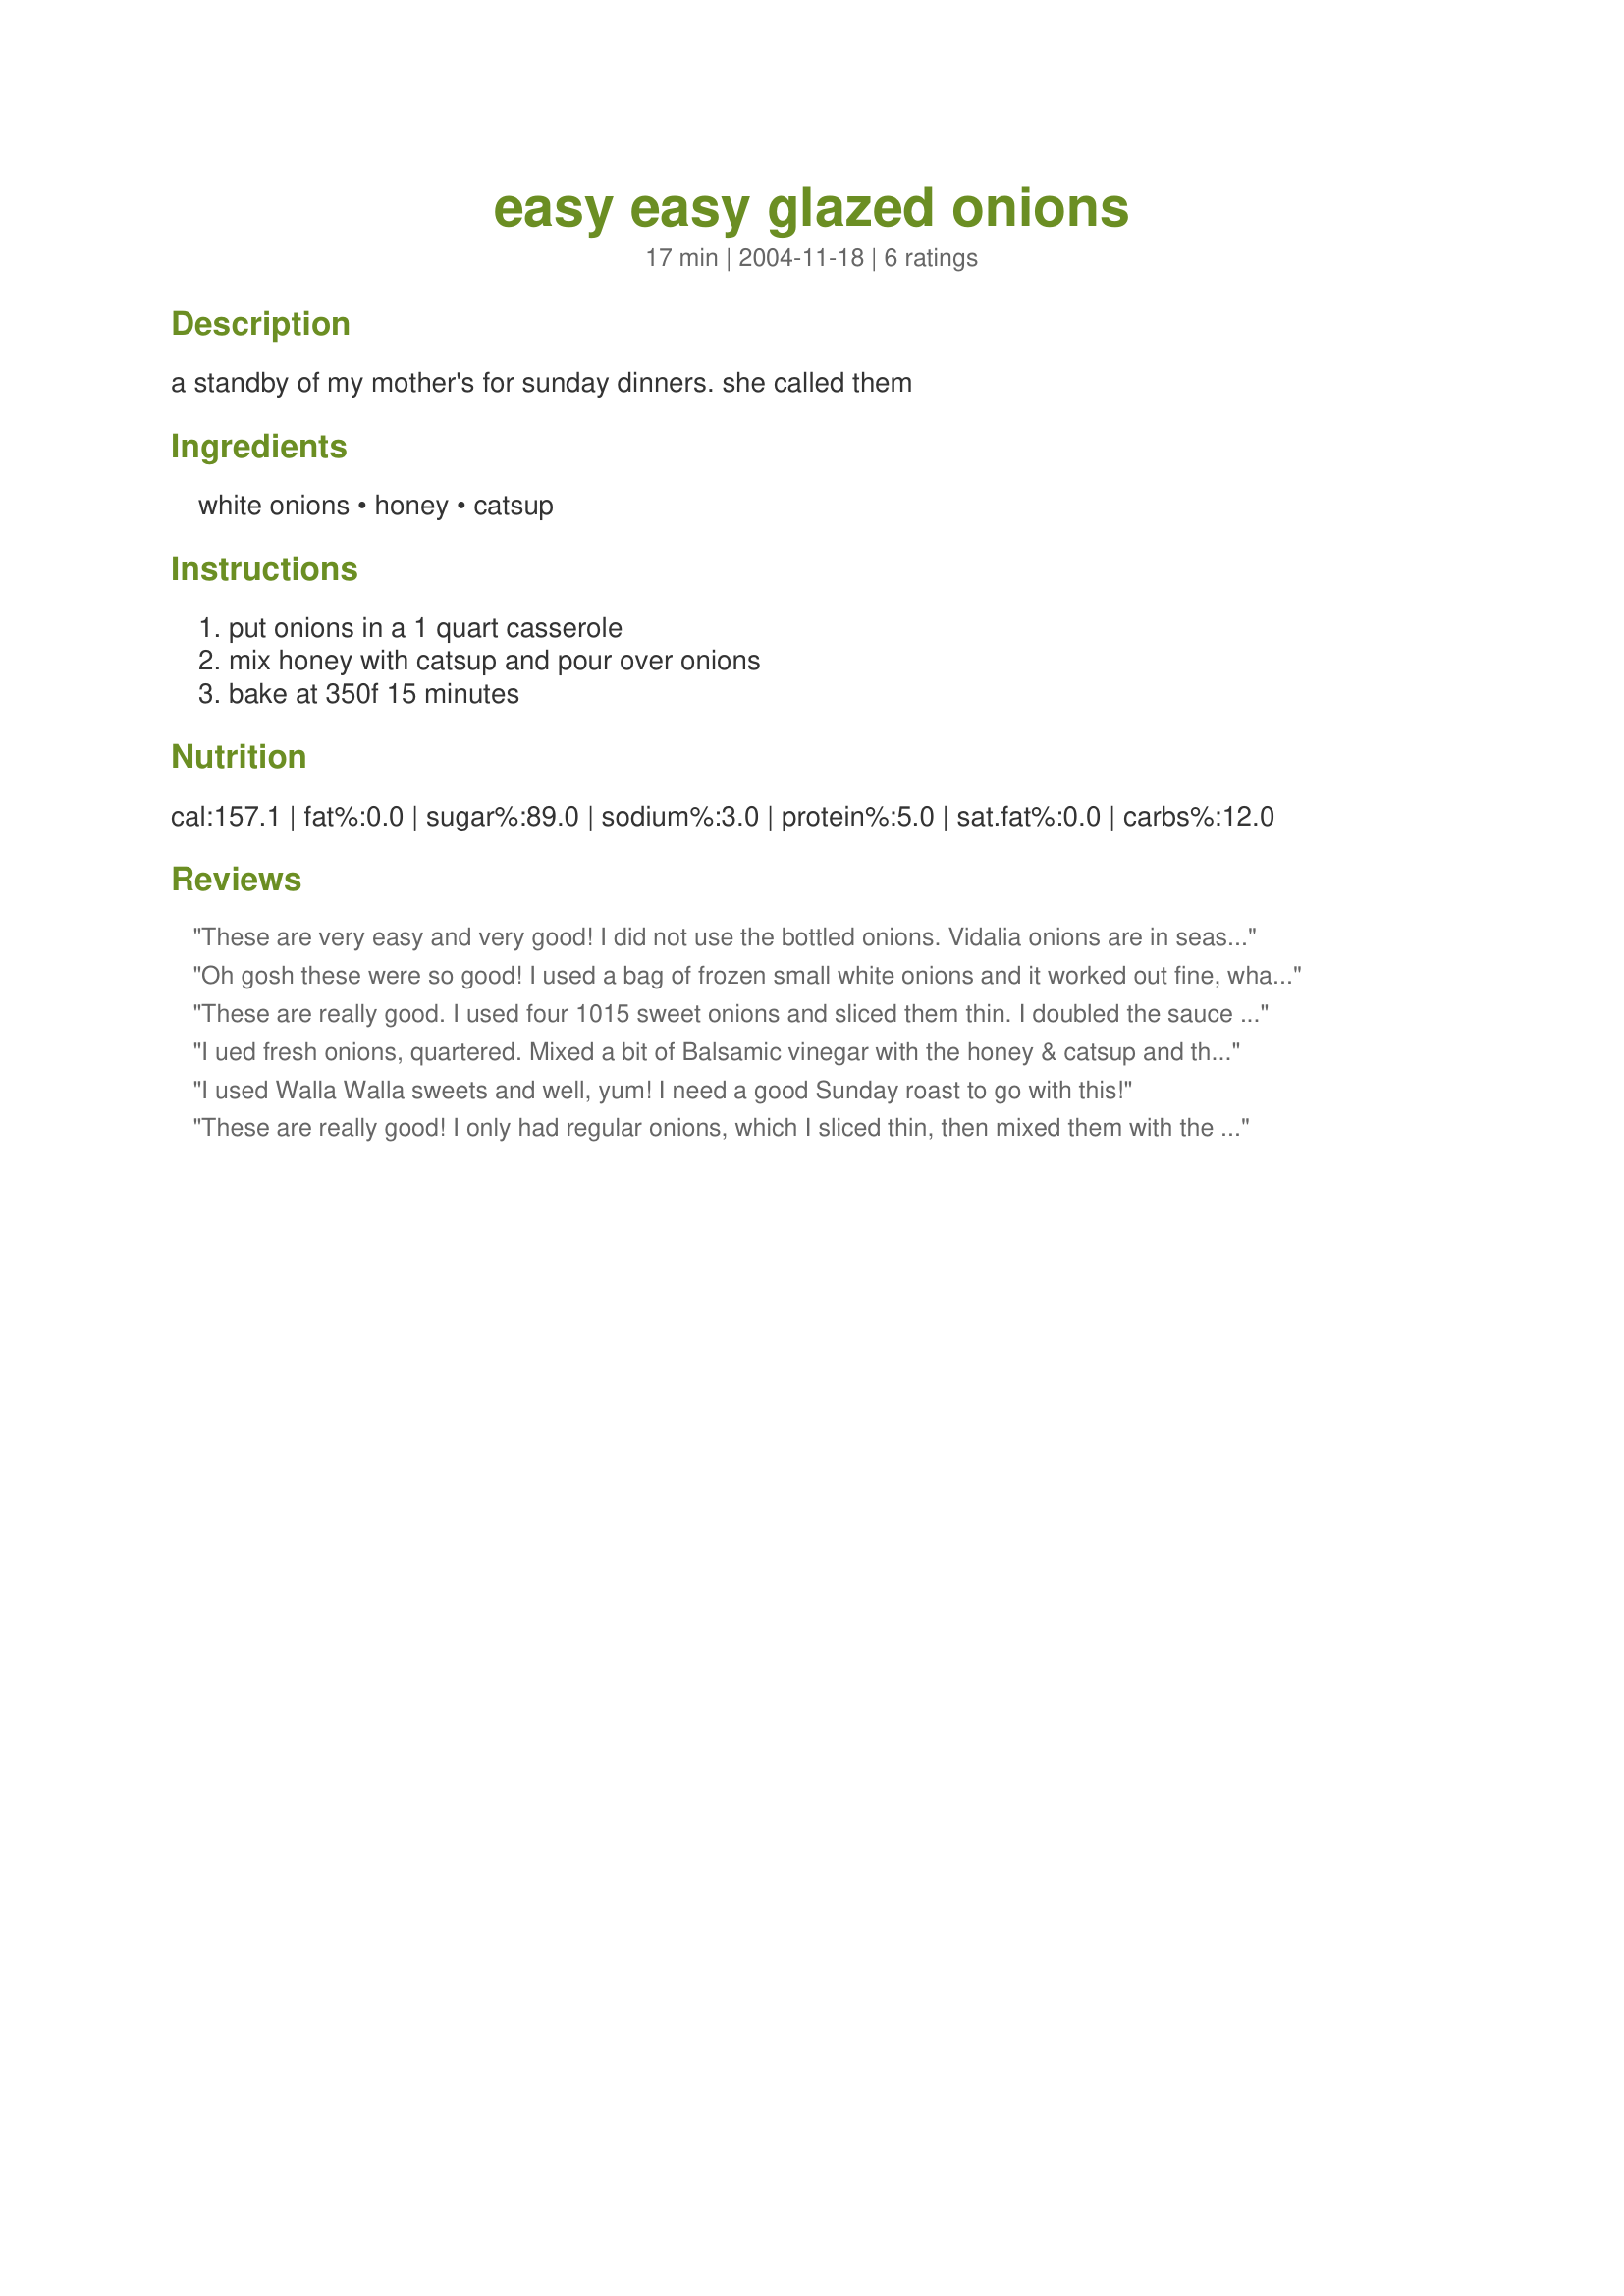
easy easy glazed onions
Preparation time: 17 minutes

a standby of my mother's for sunday dinners. she called them

Ingredients:
white onions, honey, catsup

Steps:
put onions in a 1 quart casserole, mix honey with catsup and pour over onions, bake at 350f 15 minutes

Reviews:
These are very easy and very good! I did not use the bottled onions. Vidalia onions are in season and I sliced a couple layered them in the casserole and topped them off with the wonderful sauce. After covering the dish, I baked them in the preheated oven for about 15 to 20 minutes. They had a slight crunch. Thanks for sharing!
Oh gosh these were so good! I used a bag of frozen small white onions and it worked out fine, what a wonderfil and easy onion recipe, thanks Edith!...Kitten:)
These are really good. I used four 1015 sweet onions and sliced them thin. I doubled the sauce and cooked them about 30 minutes and they came out great.
 I ued fresh onions, quartered. Mixed a bit of Balsamic vinegar with the honey & catsup and they were wonderful - baked 15 minutes. They still had some crunch. I will try this again using bottled onions but love the fresh ones too Thanks eebrag
I used Walla Walla sweets and well, yum! I need a good Sunday roast to go with this!
These are really good! I only had regular onions, which I sliced thin, then mixed them with the honey/ketchup mixture, and baked in the woodstove. They came out beautifully. I made this for the Healthy Choices tag game. Thank you for sharing.
